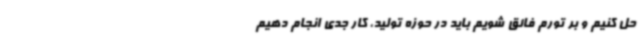
حل کنیم و بر تورم فائق شویم باید در حوزه تولید، کار جدی انجام دهیم